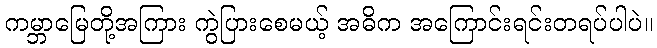
ကမ္ဘာမြေတို့အကြား ကွဲပြားစေမယ့် အဓိက အကြောင်းရင်းတရပ်ပါပဲ။